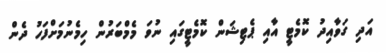
އަދި ގަވާއިދު ކޮމެޓީ އާއި ޕެޓިޝަން ކޮމެޓީގައި ނުވަ މެމްބަރުން ހިމެނުމަށްފަހު ދެން